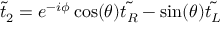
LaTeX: { \tilde { t } } _ { 2 } = e ^ { - i \phi } \cos ( \theta ) { \tilde { t _ { R } } } - \sin ( \theta ) { \tilde { t _ { L } } }